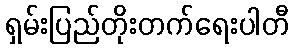
ရှမ်းပြည်တိုးတက်ရေးပါတီ